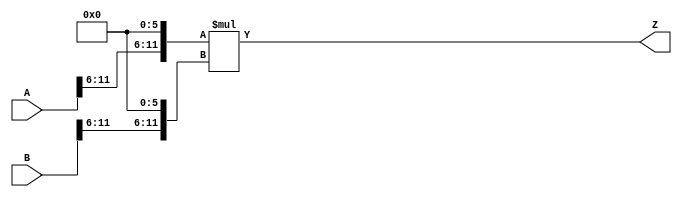
/***
* This code is a part of EvoApproxLib library (ehw.fit.vutbr.cz/approxlib) distributed under The MIT License.
* When used, please cite the following article(s): PRABAKARAN B. S., MRAZEK V., VASICEK Z., SEKANINA L., SHAFIQUE M. ApproxFPGAs: Embracing ASIC-based Approximate Arithmetic Components for FPGA-Based Systems. DAC 2020. 
***/
// MAE% = 0.76 %
// MAE = 128000 
// WCE% = 3.05 %
// WCE = 512001 
// WCRE% = 100.00 %
// EP% = 99.93 %
// MRE% = 9.02 %
// MSE = 22973.221e6 
// FPGA_POWER = 0.55
// FPGA_DELAY = 9.2
// FPGA_LUT = 35



module mul12u_33H(
	A, 
	B,
	Z
);

input [12-1:0] A;
input [12-1:0] B;
output [2*12-1:0] Z;

wire [12-1:0] tmpA;
wire [12-1:0] tmpB;
assign tmpA = {A[12-1:6],{6{1'b0}}};
assign tmpB = {B[12-1:6],{6{1'b0}}};
assign Z = tmpA * tmpB;
endmodule